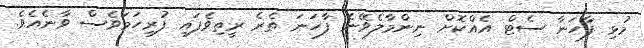
މުޅި ފާހަނާ ސެޓް އެއްކޮށް ނިންމާލެވޭނެ ފާހަނަ ތެރެ ރީތިވެފައި ފުރިހަމަވެސް ވާނެއެވެ.